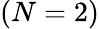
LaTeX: (N=2)